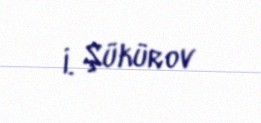
İ. Şükürov